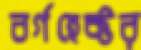
বর্গহেক্টর